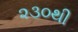
૨૩૦થી